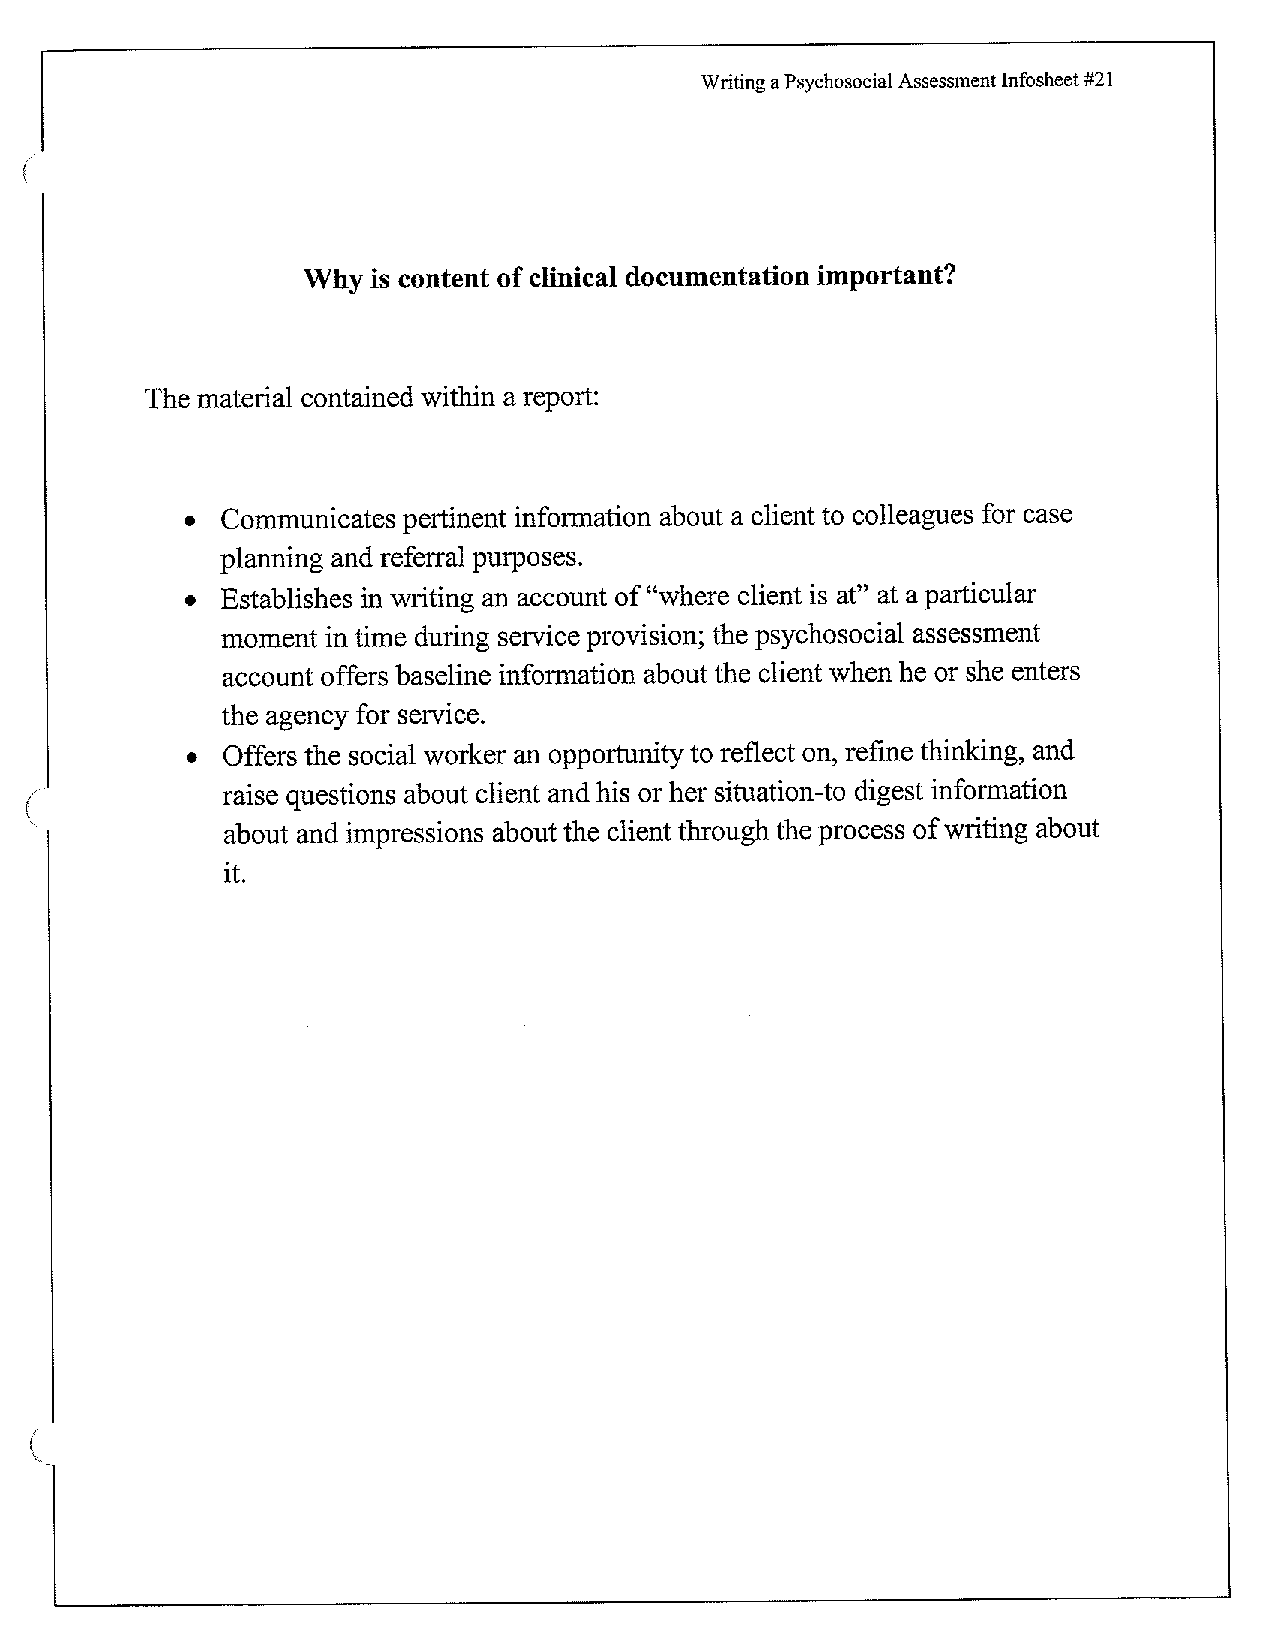
Writing a Psychosocial Assessment Infosheet #21
 Why  is content of clinical documentation important?
 The material contained within a report:
 •  Communicates pertinent information about a client to colleagues for case
 planning and referral purposes.
 •  Establishes in writing an account of "where client is at" at a particular
 moment in time during service provision; the psychosocial assessment
 account offers baseline information about the client when he or she enters
 the agency for service.
 •  Offers the social worker an opportunity to reflect on, refine thinking, and
 raise questions about client and his or her situation-to digest information
 about and impressions about the client through the process of writing about
 it.